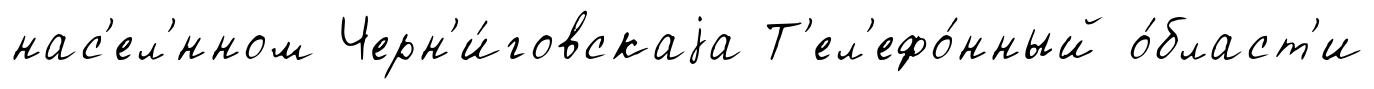
нас'ел'́нном Черн'и́говскаjа Т'ел'ефо́нный о́бласт'и